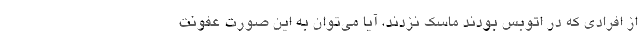
از افرادی که در اتوبس بودند ماسک نزدند، آیا می‌توان به این صورت عفونت